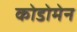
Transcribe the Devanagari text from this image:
कोडोमेन